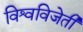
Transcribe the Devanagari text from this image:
विश्वविजेती